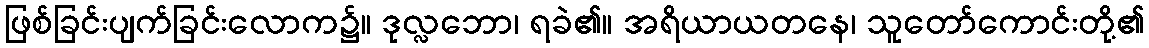
ဖြစ်ခြင်းပျက်ခြင်းလောက၌။ ဒုလ္လဘော၊ ရခဲ၏။ အရိယာယတနေ၊ သူတော်ကောင်းတို့၏